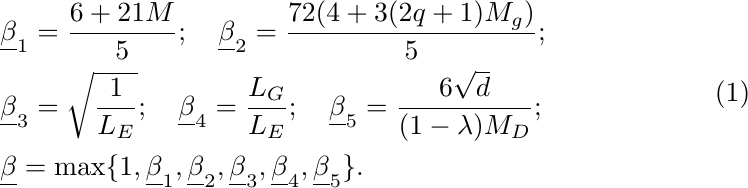
	\begin{equation} \label{eq:constants-4}
		\begin{aligned}
			& \underline{\beta}_1 = \dfrac{6 + 21 M}{5}; \quad
			\underline{\beta}_2 = \dfrac{72 (4 + 3 (2q + 1) M_g)}{5}; \\
			& \underline{\beta}_3 = \sqrt{\dfrac{1}{L_E}}; \quad
			\underline{\beta}_4 = \dfrac{L_G}{L_E}; \quad
			\underline{\beta}_5 = \dfrac{6 \sqrt{d}}{(1 - \lambda) M_D}; \\
			& \underline{\beta} = \max \{1, \underline{\beta}_1, \underline{\beta}_2, \underline{\beta}_3, \underline{\beta}_4, \underline{\beta}_5\}.
		\end{aligned}
	\end{equation}